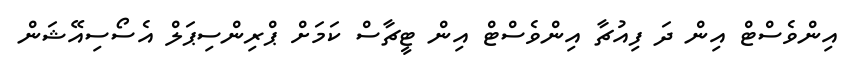
އިންވެސްޓް އިން ދަ ފިއުޗާ އިންވެސްޓް އިން ޓީޗާސް ކަމަށް ޕްރިންސިޕަލް އެސޯސިއޭޝަން